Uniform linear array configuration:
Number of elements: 48
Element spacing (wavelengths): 0.25
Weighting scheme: binomial
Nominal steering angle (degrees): -30
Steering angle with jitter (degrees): -28.657
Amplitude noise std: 0.05
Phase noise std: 0.05

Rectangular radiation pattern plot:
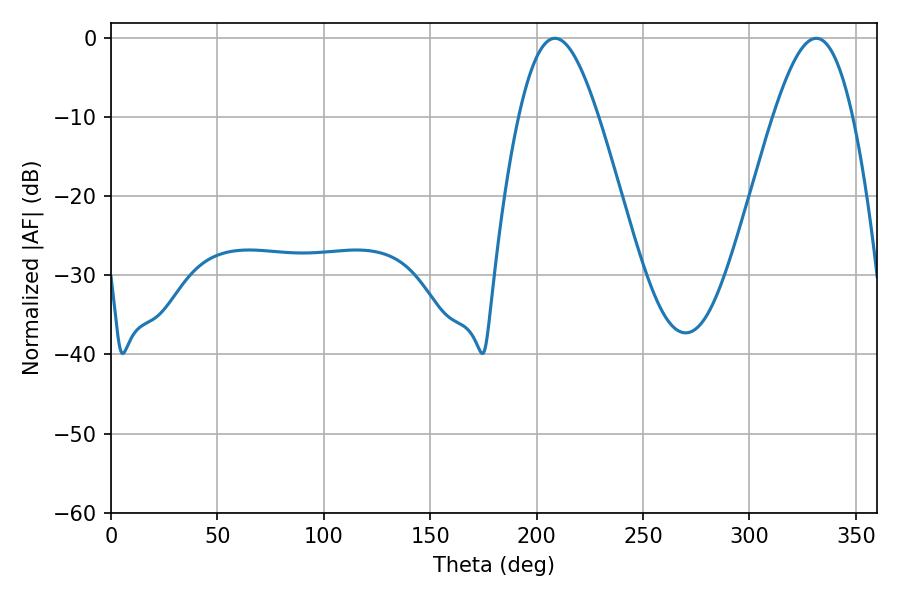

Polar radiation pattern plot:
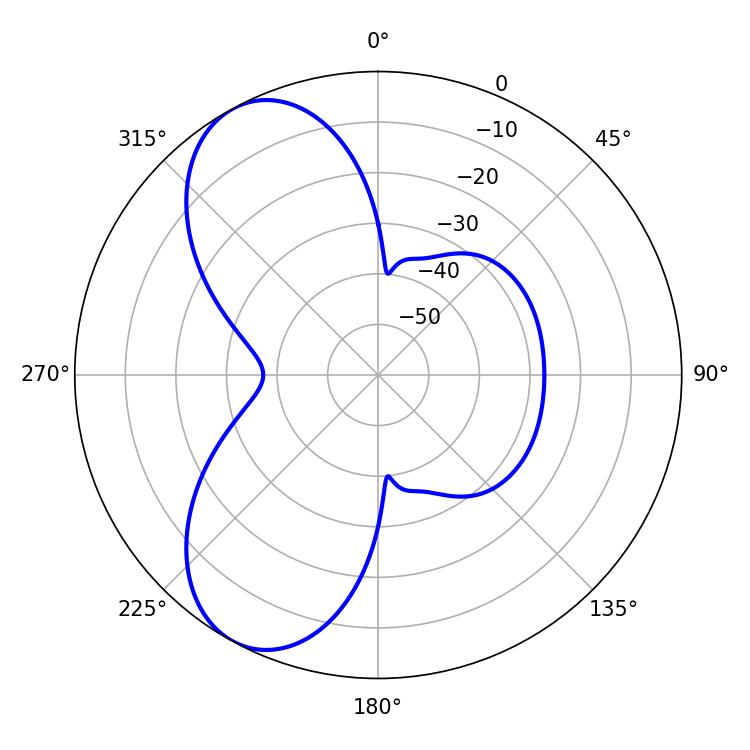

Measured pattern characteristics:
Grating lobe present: FALSE
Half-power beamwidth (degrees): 20.16
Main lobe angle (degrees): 208.62